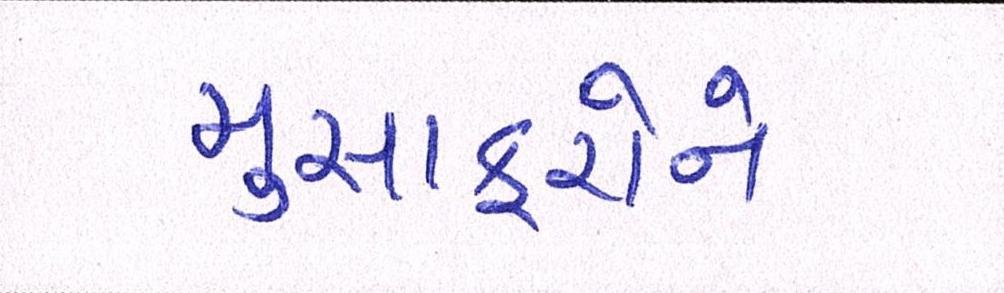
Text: મુસાફરોને